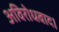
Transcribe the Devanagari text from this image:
अविरोधवाद।